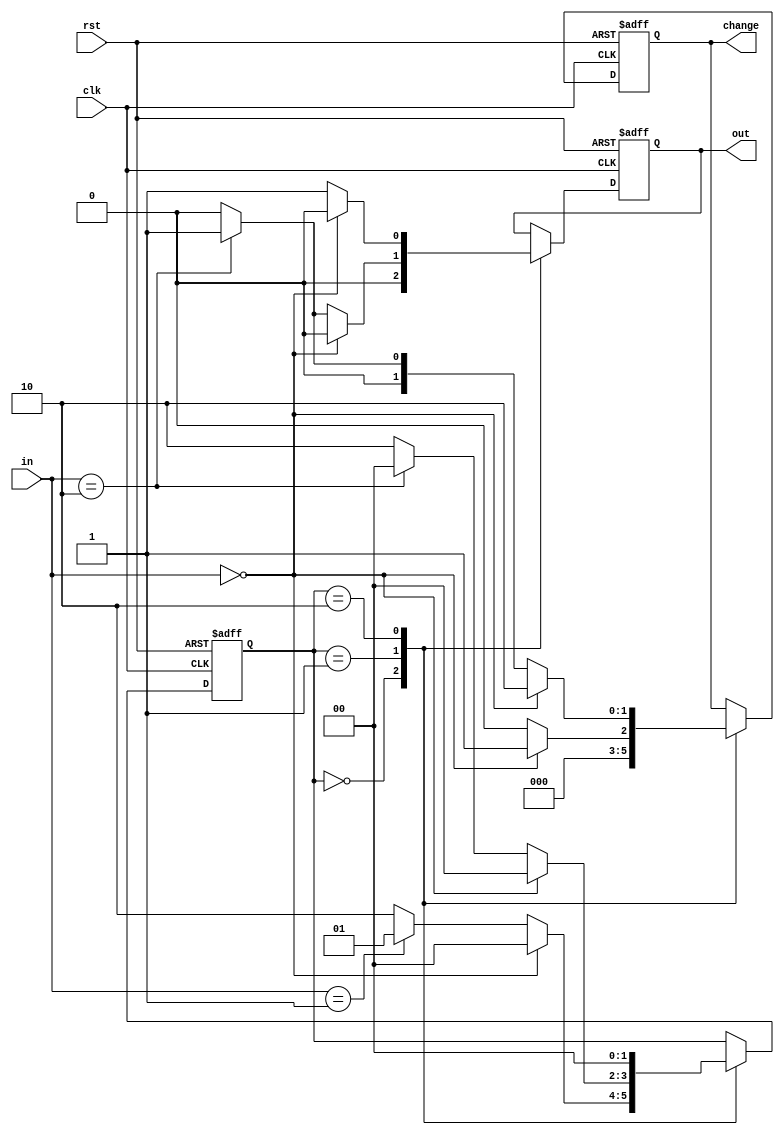
`timescale 1ns / 1ps
module vending_mac(input clk,
input rst,
input [1:0]in,//01=5rs 10=10rs
output reg out,
output reg [1:0] change
    );


	 parameter state0=2'b00;
	 parameter state1=2'b01;
	 parameter state2=2'b10;
 
reg [1:0] prsnt_state, nxt_state;
 
 always @(posedge clk or posedge rst)
	begin
		if(rst)
			begin
			 prsnt_state=state0;
			 nxt_state=state0;
			 change=2'b00;
			 out=0;
			end
		else
		begin
			 prsnt_state=nxt_state;
				case(prsnt_state)
				state0:begin
					if(in==2'b00) 
						 begin 
						 nxt_state=state0;
						 out=0;
						 change =0;
						 end
					else if(in==2'b01)
						 begin
						 nxt_state=state1;
						 out=0;
						 change=2'b00;
						 end
					else 
						 begin
						 nxt_state=state2;
						 out=0;
						 change=2'b00;
						 end
						 end
			 state1:begin
					if(in==2'b00)
						 begin
						 nxt_state=state0;
						 out=0;
						 change=2'b01;
						 end
					else if(in==2'b10)
						 begin
						 nxt_state=state0;
						 out=1;
						 change=2'b00;
						 end
					else 
						 begin
						 nxt_state=state2;
						 out=0;
						 change=2'b00;
						 end
						 end
			 state2:begin
					if(in==2'b00)
						 begin
						 nxt_state=state0;
						 out=0;
						 change=2'b10;
						 end
					else if(in==2'b10)
						 begin
						 nxt_state=state0;
						 out=1;
						 change=2'b01;
						 end
					else 
						 begin
						 nxt_state=state0;
						 out=1;
						 change=2'b00;
						 end
						 end
			 endcase
	end
	end
endmodule